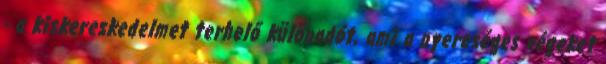
- a kiskereskedelmet terhelő különadót, ami a nyereséges cégeket